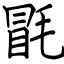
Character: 毷